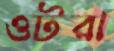
ওটরা